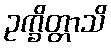
ဥက္ခိတ္တာသိ